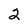
Character: 2